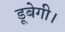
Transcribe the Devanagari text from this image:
डूबेगी।